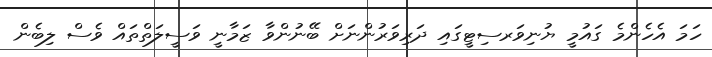
ހަމަ އެެހެންމެ ގައުމީ ޔުނިވަރސިޓީގައި ދަރިވަރުންނަށް ބޭނުންވާ ޒަމާނީ ވަސީލަތްތައް ވެސް ލިބެން